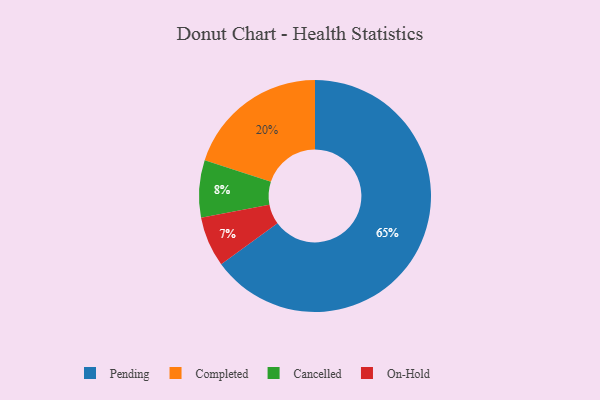
{"axis": {"x": "Category", "y": "Percentage"}, "legend": ["Cancelled", "Completed", "On-Hold", "Pending"], "data": [{"x": "Pending", "y": 65, "type": "Pending"}, {"x": "On-Hold", "y": 7, "type": "On-Hold"}, {"x": "Cancelled", "y": 8, "type": "Cancelled"}, {"x": "Completed", "y": 20, "type": "Completed"}]}